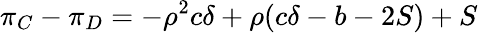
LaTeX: \pi_{C}-\pi_{D}=-\rho^{2}c\delta+\rho(c\delta-b-2S)+S